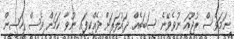
ނަމަވެސް ރުޖޫއަ ނުވެވޭނެ ސަބަބެއް ދައުލަތަށް ދެއްކިފައި ނުވާ ކަމަށް ވެސް ހަސީން